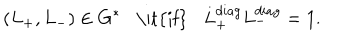
( L _ { + } , L _ { - } ) \in G ^ { * } \mathrm { \it { i f } } L _ { + } ^ { d i a g } L _ { - } ^ { d i a g } = 1 .